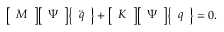
{ \left[ \begin{array} { l } { M } \end{array} \right] } { \left[ \begin{array} { l } { \Psi } \end{array} \right] } { \left\{ \begin{array} { l } { { \ddot { q } } } \end{array} \right\} } + { \left[ \begin{array} { l } { K } \end{array} \right] } { \left[ \begin{array} { l } { \Psi } \end{array} \right] } { \left\{ \begin{array} { l } { q } \end{array} \right\} } = 0 .